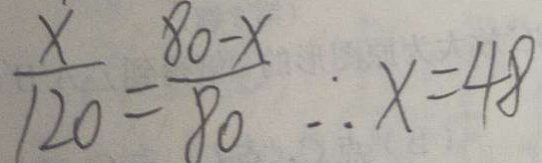
\frac { x } { 1 2 0 } = \frac { 8 0 - x } { 8 0 } \therefore x = 4 8